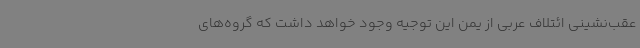
عقب‌نشینی ائتلاف عربی از یمن این توجیه وجود خواهد داشت که گروه‌های